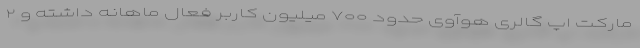
مارکت اپ گالری هوآوی حدود ۷۰۰ میلیون کاربر فعال ماهانه داشته و ۲